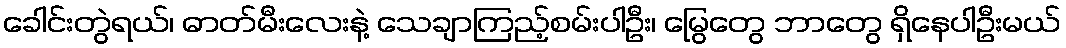
ခေါင်းတွဲရယ်၊ ဓာတ်မီးလေးနဲ့ သေချာကြည့်စမ်းပါဦး၊ မြွေတွေ ဘာတွေ ရှိနေပါဦးမယ်